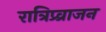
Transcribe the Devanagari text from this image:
रात्रिप्र्व्राजन